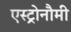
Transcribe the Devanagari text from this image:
एस्ट्रोनौमी